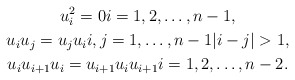
\begin{gather*} u_i^2 = 0 i=1,2,\dotsc,n-1, \\ u_iu_j = u_ju_i i,j = 1,\dotsc,n-1 |i-j|>1, \\ u_iu_{i+1}u_i = u_{i+1}u_iu_{i+1} i=1,2,\dotsc,n-2. \end{gather*}